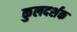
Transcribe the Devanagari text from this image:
कुलदर्शक